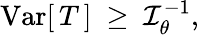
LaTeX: \operatorname{Var}[\, T\, ]\ \geq\ {\mathcal{I}}_{\theta}^{-1},